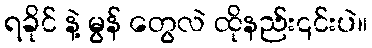
ရခိုင် နဲ့ မွန် တွေလဲ ထိုနည်း၎င်းပဲ။